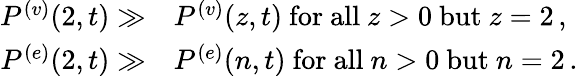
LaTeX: \begin{array}{r}{\begin{array}{rl}{P^{(v)}({2},{t})\gg}&{P^{(v)}({z},{t})\mathrm{~for~all~}z>0\mathrm{~but~}z=2\, ,}\\ {P^{(e)}({2},{t})\gg}&{P^{(e)}({n},{t})\mathrm{~for~all~}n>0\mathrm{~but~}n=2\, .}\end{array}}\end{array}